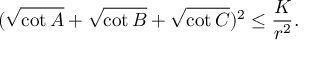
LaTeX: ( { \sqrt { \cot A } } + { \sqrt { \cot B } } + { \sqrt { \cot C } } ) ^ { 2 } \leq { \frac { K } { r ^ { 2 } } } .